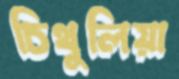
চিথুলিয়া